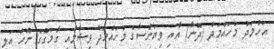
އަހުމަދު މުހައްމަދު (ދޮނާ) އާއި ވިޔަންސާގެ މުހައްމަދު ވިޝާމާއި ގާމަގުގެ ނޫހު އަލީ